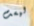
ليست